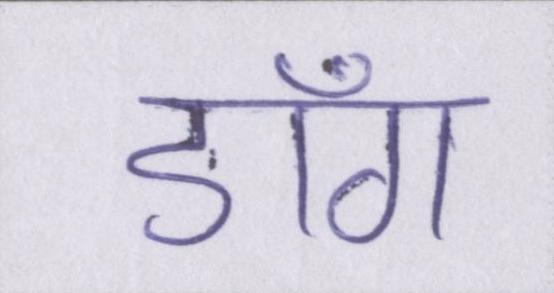
डाँग